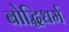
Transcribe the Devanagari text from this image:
बोद्धिधर्म